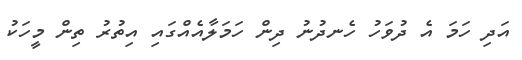
އަދި ހަމަ އެ ދުވަހު ހެނދުނު ދިން ހަމަލާއެއްގައި އިތުރު ތިން މީހަކު